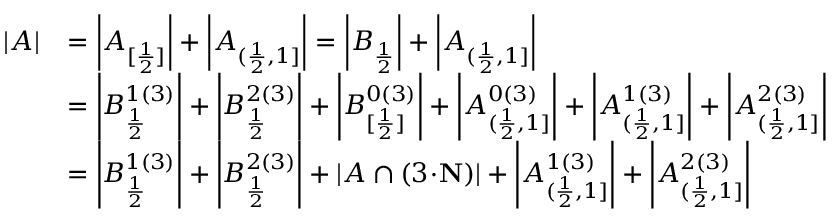
\begin{array} { r l } { | A | } & { = \left| A _ { [ \frac { 1 } { 2 } ] } \right| + \left| A _ { ( \frac { 1 } { 2 } , 1 ] } \right| = \left| B _ { \frac { 1 } { 2 } } \right| + \left| A _ { ( \frac { 1 } { 2 } , 1 ] } \right| } \\ & { = \left| B _ { \frac { 1 } { 2 } } ^ { 1 ( 3 ) } \right| + \left| B _ { \frac { 1 } { 2 } } ^ { 2 ( 3 ) } \right| + \left| B _ { [ \frac { 1 } { 2 } ] } ^ { 0 ( 3 ) } \right| + \left| A _ { ( \frac { 1 } { 2 } , 1 ] } ^ { 0 ( 3 ) } \right| + \left| A _ { ( \frac { 1 } { 2 } , 1 ] } ^ { 1 ( 3 ) } \right| + \left| A _ { ( \frac { 1 } { 2 } , 1 ] } ^ { 2 ( 3 ) } \right| } \\ & { = \left| B _ { \frac { 1 } { 2 } } ^ { 1 ( 3 ) } \right| + \left| B _ { \frac { 1 } { 2 } } ^ { 2 ( 3 ) } \right| + \left| A \cap ( 3 \! \cdot \! \mathbf { N } ) \right| + \left| A _ { ( \frac { 1 } { 2 } , 1 ] } ^ { 1 ( 3 ) } \right| + \left| A _ { ( \frac { 1 } { 2 } , 1 ] } ^ { 2 ( 3 ) } \right| } \end{array}